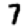
Digit: 7